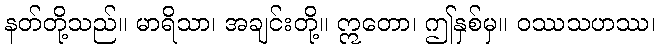
နတ်တို့သည်။ မာရိသာ၊ အချင်းတို့။ ဣတော၊ ဤနှစ်မှ။ ဝဿသဟဿ၊